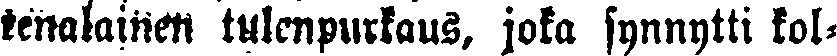
renalainen tulenpurkaus, joka synnytti kol-